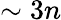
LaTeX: \sim 3n